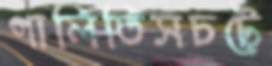
গালিতিসচটে